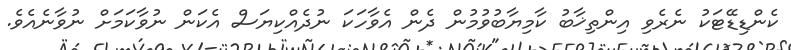
ކެންޑިޑޭޓަކު ނެރެވި އިންތިޚާބު ކާމިޔާބުވުމުން ދެން އެވާހަކަ ނުދެއްކިޔަސް އެކަން ނުވާކަމަށް ނުވާނެއެވެ.